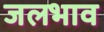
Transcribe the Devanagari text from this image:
जलभाव